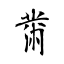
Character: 黹